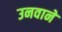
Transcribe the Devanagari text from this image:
उनवाने